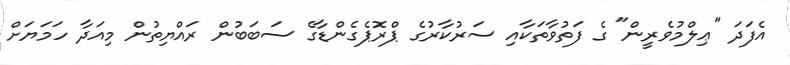
އެފަދަ "ޢިލްމުވެރީން" ގެ ފަތުވާތަކާއި ސަރުކާރުގެ ޕްރޮޕެގެންޑާގެ ސަބަބުން ރައްޔިތުން މިއަދާ ހަމަޔަށް